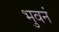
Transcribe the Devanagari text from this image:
भुवनं